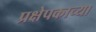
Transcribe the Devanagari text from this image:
प्रक्षेपकाच्या